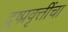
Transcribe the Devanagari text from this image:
दुष्प्रवृत्तींचा